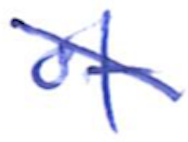
Text: of
Cross-out: diagonal
Writing tool: ballpoint